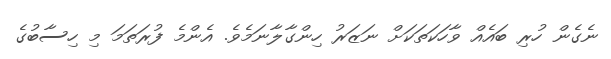
ނެގެން ހުރި ބައެއް ވާހަކަތަކަށް ނަޒަރު ހިންގާލާނަމެވެ. އެންމެ ފުރަތަމަ މި ހިސާބުގެ